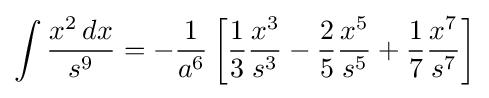
\int {\frac {x^{2}\,dx}{s^{9}}}=-{\frac {1}{a^{6}}}\left[{\frac {1}{3}}{\frac {x^{3}}{s^{3}}}-{\frac {2}{5}}{\frac {x^{5}}{s^{5}}}+{\frac {1}{7}}{\frac {x^{7}}{s^{7}}}\right]